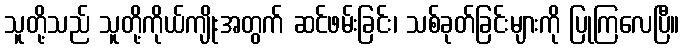
သူတို့သည် သူတို့ကိုယ်ကျိုးအတွက် ဆင်ဖမ်းခြင်း၊ သစ်ခုတ်ခြင်းများကို ပြုကြလေပြီ။